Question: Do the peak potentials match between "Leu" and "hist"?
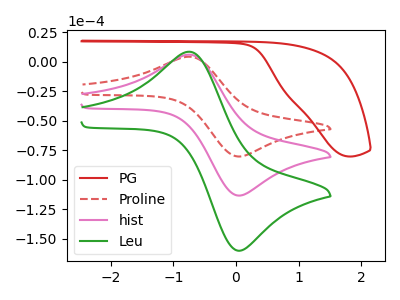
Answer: <think>The red curve "PG" has no peaks. The red dashed curve "Proline" has an anodic peak at (-0.75V, 4.25uA) and a cathodic peak at (0.00V, -80.10uA). The pink curve "hist" has an anodic peak at (-0.75V, 6.00uA) and a cathodic peak at (0.00V, -113.10uA). The green curve "Leu" has an anodic peak at (-0.75V, 11.95uA) and a cathodic peak at (0.00V, -226.15uA).</think>
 <answer>Yes, "Leu" have a peak in "hist" at the same potential.</answer>
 <eval>match</eval>